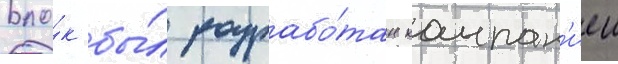
Бло́к бы́л разрабо́тан компан'иеи